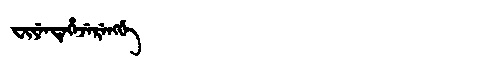
Manchu: ᠸᡳᠶᡝᠨᡨᡝᡥᡝᠵᡝᡵᡝᠩᡤᡝ
Romanization: FIYENTEHEJERENGGE